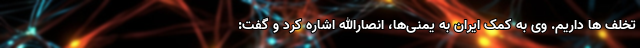
تخلف ها داریم. وی به کمک ایران به یمنی‌ها، انصارالله اشاره کرد و گفت: